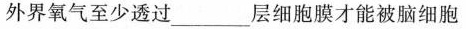
(外界氧气至少透过___层细胞膜才能被脑细胞